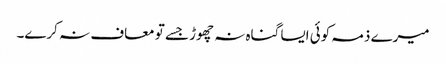
میرے ذمہ کوئی ایسا گناہ نہ چھوڑ جسے تو معاف نہ کرے۔